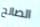
الصالح